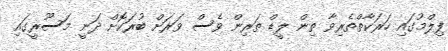
ފިލްމުގައި ހަރަކާތްތެރިވާ ތިން ލީޑް ތަރިން ވެސް ވަރަށް ބުރަކޮށް ދަނީ މަސޫރީގައި